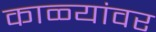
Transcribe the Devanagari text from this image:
काळ्यांवर